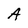
Character: A